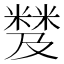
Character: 𥻾